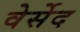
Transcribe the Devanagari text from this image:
वेर्सेद